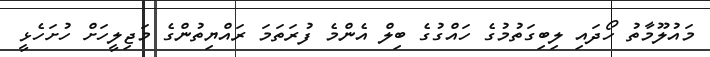
މައުލޫމާތު ހޯދައި ލިބިގަތުމުގެ ހައްގުގެ ބިލް އެންމެ ފުރަތަމަ ރައްޔިތުންގެ މަޖިލީހަށް ހުށަހެޅީ